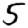
Digit: 5